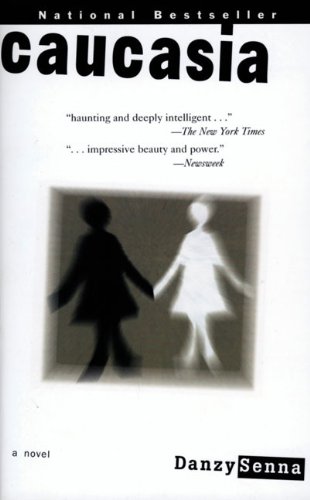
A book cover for Caucasia: A Novel; Danzy Senna; Literature & Fiction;